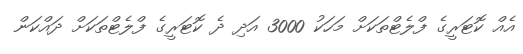
އެއް ކޮޓަރީގެ ފްލެޓްތަކަށް މަހަކު 3000 އަދި ދެ ކޮޓަރީގެ ފްލެޓްތަކަށް ދައްކަން